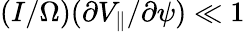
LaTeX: (I/\Omega)(\partial V_{\parallel}/\partial\psi)\ll 1